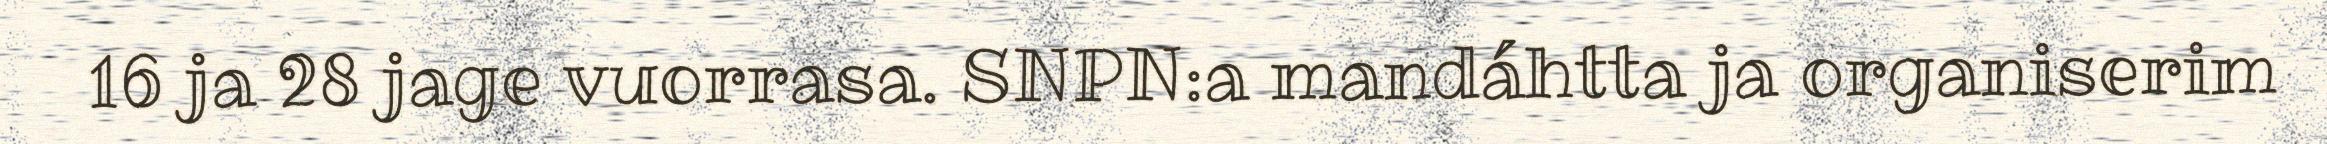
16 ja 28 jage vuorrasa. SNPN:a mandáhtta ja organiserim